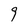
Character: 9